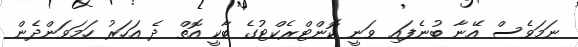
ނަމަވެސް އޭނާ ބުނެފައި ވަނީ ކޮންޓްރެކްޓުގެ ބާކީ އޮތް ދެ އަހަރު ހަމަވަންދެން